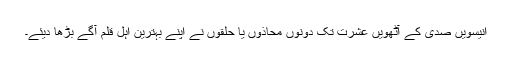
انیسویں صدی کے آٹھویں عشرت تک دونوں محاذوں یا حلقوں نے اپنے بہترین اہل قلم آگے بڑھا دیئے۔